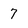
Character: 7